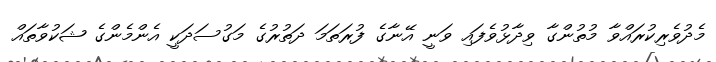
މެދުވެރިކުރައްވާ މުތުންގާ ވިދާޅުވެފައި ވަނީ އޭނާގެ ފުރަތަމަ ދަތުރުގެ މަގުސަދަކީ އެންމެންގެ ޝަކުވާތައް